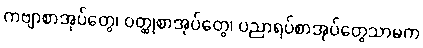
ကဗျာစာအုပ်တွေ၊ ဝတ္ထုစာအုပ်တွေ၊ ပညာရပ်စာအုပ်တွေသာမက